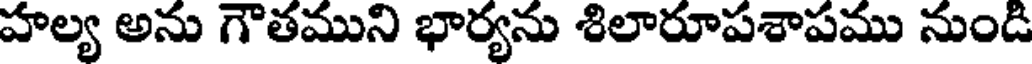
హల్య అను గౌతముని భార్యను శిలారూపశాపము నుండి